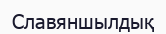
Славяншылдық